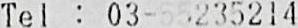
TEL : 03-55235214